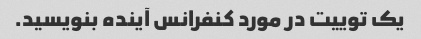
یک توییت در مورد کنفرانس آینده بنویسید.